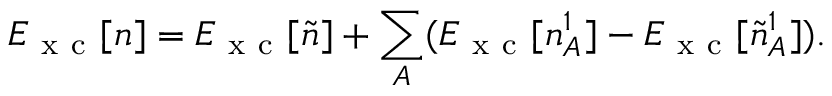
E _ { \mathrm { ~ x ~ c ~ } } [ n ] = E _ { \mathrm { ~ x ~ c ~ } } [ \tilde { n } ] + \sum _ { A } ( E _ { \mathrm { ~ x ~ c ~ } } [ n _ { A } ^ { 1 } ] - E _ { \mathrm { ~ x ~ c ~ } } [ \tilde { n } _ { A } ^ { 1 } ] ) .